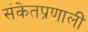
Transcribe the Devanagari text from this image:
संकेतप्रणालीं